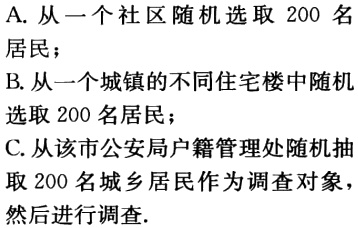
A. 从一个社区随机选取 200 名居民；
B. 从一个城镇的不同住宅楼中随机选取 200 名居民；
C. 从该市公安局户籍管理处随机抽取 200 名城乡居民作为调查对象，然后进行调查.